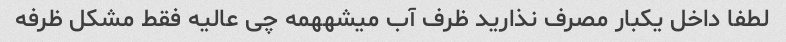
لطفا داخل یکبار مصرف نذارید ظرف آب میشههمه چی عالیه فقط مشکل ظرفه